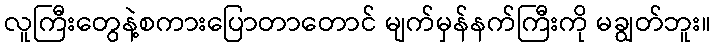
လူကြီးတွေနဲ့စကားပြောတာတောင် မျက်မှန်နက်ကြီးကို မချွတ်ဘူး။